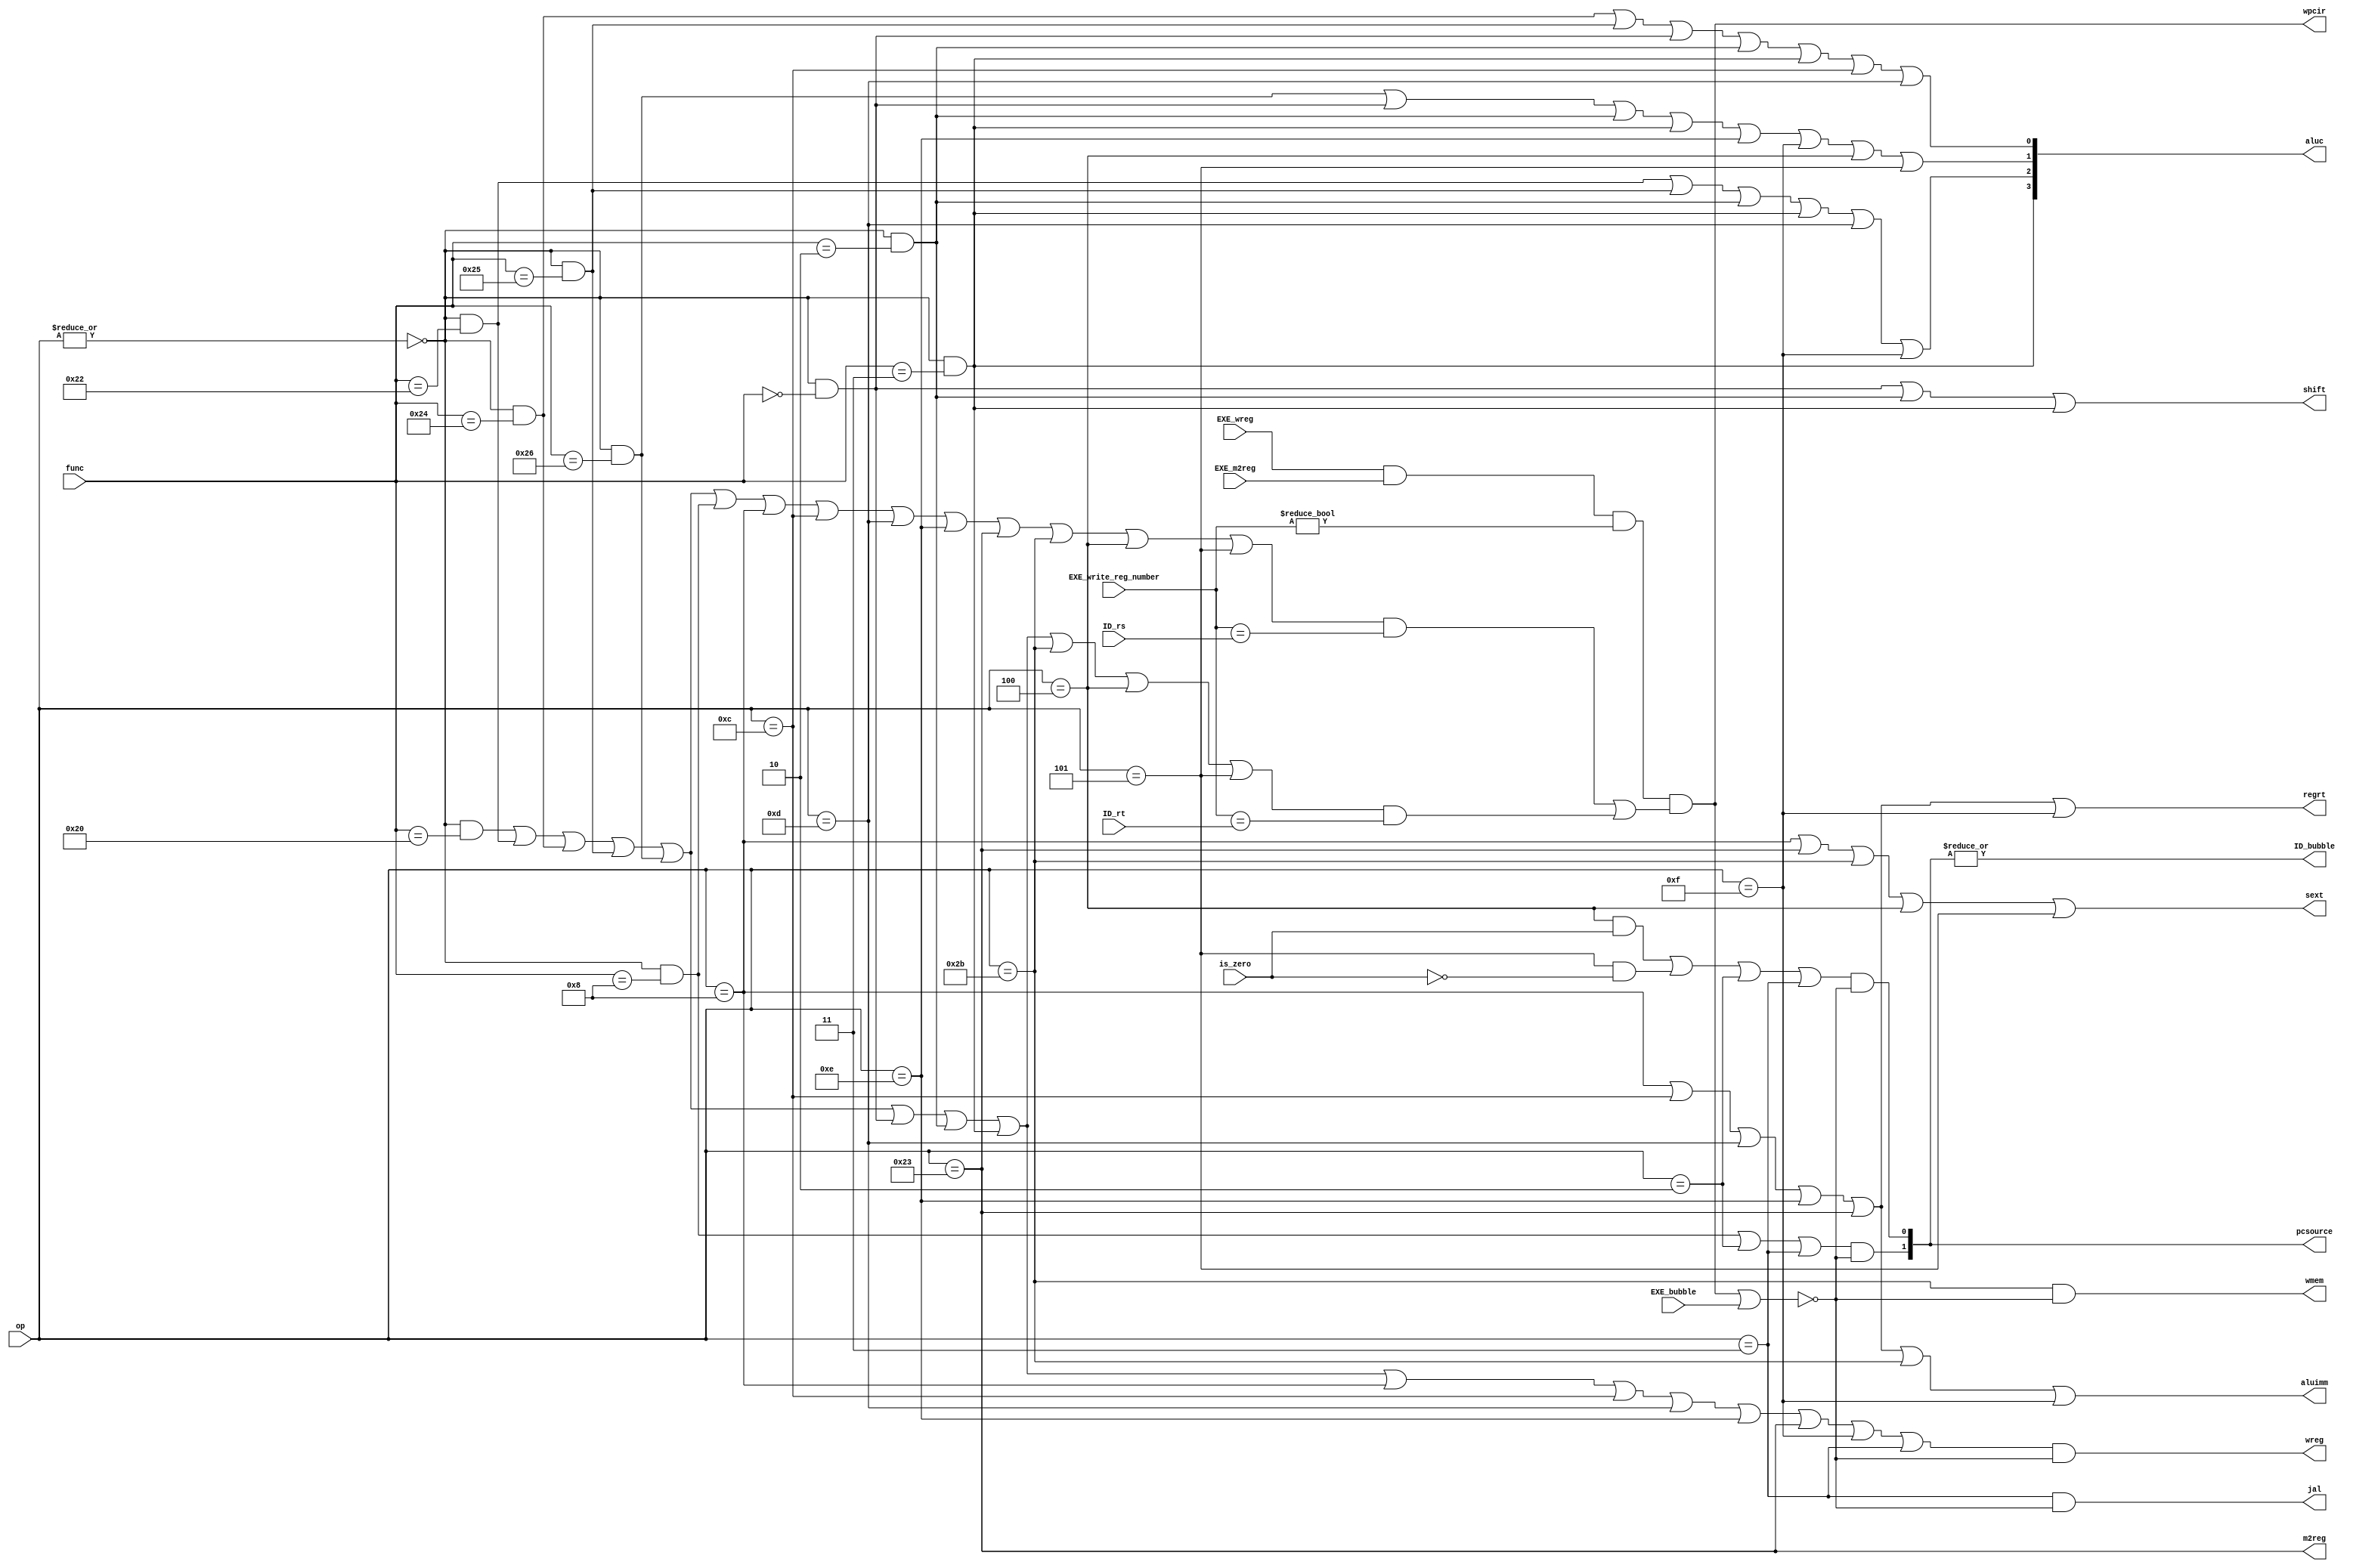
`default_nettype none

module sc_cu (
    input [5: 0] op, 
    input [5: 0] func, 
    input is_zero, 
    input EXE_bubble, 
    input EXE_wreg,
    input EXE_m2reg, 
    input [4: 0] ID_rs, 
    input [4: 0] ID_rt, 
    input [4: 0] EXE_write_reg_number, 

    output wire wmem,
    output wire wreg, 
    output wire m2reg, 
    output wire [3: 0] aluc, 
    output wire shift, 
    output wire aluimm, 
    output wire sext,
    output wire regrt, 
    output wire jal, 
    output wire [1: 0] pcsource, 
    output wire ID_bubble, 
    output wire wpcir
);
    //  10 

    wire r_type; 
    //  R 
    
    assign r_type = ~|op;			
    //  0  R 
    
    wire i_add, i_sub, i_and, i_or, i_xor, i_sll, i_srl, i_sra, i_jr, i_addi;
    wire i_andi, i_ori, i_xori, i_lw, i_sw, i_beq, i_bne, i_lui, i_j , i_jal;
    //  20 
    
    assign i_add = r_type && (func == 6'b100000);           // 100000
    assign i_sub = r_type && (func == 6'b100010);           // 100010
    assign i_and = r_type && (func == 6'b100100);           // 100100
    assign i_or  = r_type && (func == 6'b100101);           // 100101
    assign i_xor = r_type && (func == 6'b100110);           // 100110
    assign i_sll = r_type && (func == 6'b000000);           // 000000
    assign i_srl = r_type && (func == 6'b000010);           // 000010
    assign i_sra = r_type && (func == 6'b000011);           // 000011
    assign i_jr  = r_type && (func == 6'b001000);           // 001000
    //  R 

    assign i_addi = (op == 6'b001000);      // 001000
    assign i_andi = (op == 6'b001100);      // 001100
    assign i_ori  = (op == 6'b001101);      // 001101
    assign i_xori = (op == 6'b001110);      // 001110
    assign i_lui  = (op == 6'b001111);      // 001111
    assign i_lw   = (op == 6'b100011);      // 100011
    assign i_sw   = (op == 6'b101011);      // 101011
    assign i_beq  = (op == 6'b000100);      // 000100
    assign i_bne  = (op == 6'b000101);      // 000101
    //  I 

    assign i_j    = (op == 6'b000010);      // 000010
    assign i_jal  = (op == 6'b000011);      // 000011
    //  J 
    
    wire rs_read_reg, rt_read_reg;
    assign rs_read_reg = i_add | i_sub | i_and | i_or | i_xor | i_jr |
                         i_addi | i_andi | i_ori | i_xori | i_lw | i_sw | i_beq | i_bne;
    //  1 rs 
    assign rt_read_reg = i_add | i_sub | i_and | i_or | i_xor | i_sll | i_srl | i_sra | 
                         i_sw | i_beq | i_bne;
    //  1 rt 
    assign wpcir = EXE_wreg & EXE_m2reg & (EXE_write_reg_number != 0) &
            ((rs_read_reg & (EXE_write_reg_number == ID_rs)) |
             (rt_read_reg & (EXE_write_reg_number == ID_rt)));
    // 
    //  lw 

    wire nostall;
    assign nostall = ~(wpcir | EXE_bubble);
    assign ID_bubble = |pcsource;

    assign pcsource[0] = (( i_beq & is_zero ) | (i_bne & ~is_zero) | i_j | i_jal) & nostall;
    assign pcsource[1] = (i_jr | i_j | i_jal) & nostall;
    //  0PC + 4
    //  1beq, bne
    //  2jr
    //  3j, jal
    //  ID 
   
    assign wreg =  (i_add | i_sub | i_and | i_or   | i_xor  |
                    i_sll | i_srl | i_sra | i_addi | i_andi |
                    i_ori | i_xori | i_lw | i_lui  | i_jal) & nostall;
    //  1
   
    assign aluc[3] = i_sra;
    assign aluc[2] = i_sub | i_or | i_srl | i_sra | i_ori | i_lui;
    assign aluc[1] = i_xor | i_sll | i_srl | i_sra | i_xori | i_lui | i_beq | i_bne;
    assign aluc[0] = i_and | i_or | i_sll | i_srl | i_sra | i_andi | i_ori;
    // ALU 

    assign shift   = i_sll | i_srl | i_sra;
    //  1shift amount
    //  0

    assign aluimm  = i_addi | i_andi | i_ori | i_xori | i_lw | i_sw | i_lui;
    //  1
    //  0

    assign sext    = i_addi | i_lw | i_sw | i_beq | i_bne;
    //  1
    //  0

    assign wmem    = i_sw & nostall;
    //  1
    //  0
   
    assign m2reg   = i_lw;
    //  1
    //  0 ALU 
    
    assign regrt   = i_addi | i_andi | i_ori | i_xori | i_lw | i_lui;
    //  1 rt 
    //  0 rd 
   
    assign jal     = i_jal & nostall;
    //  1 PC + 4 stall
    //  0 ALU 

endmodule